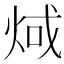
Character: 𪸬